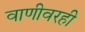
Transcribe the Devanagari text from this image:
वाणीवरही